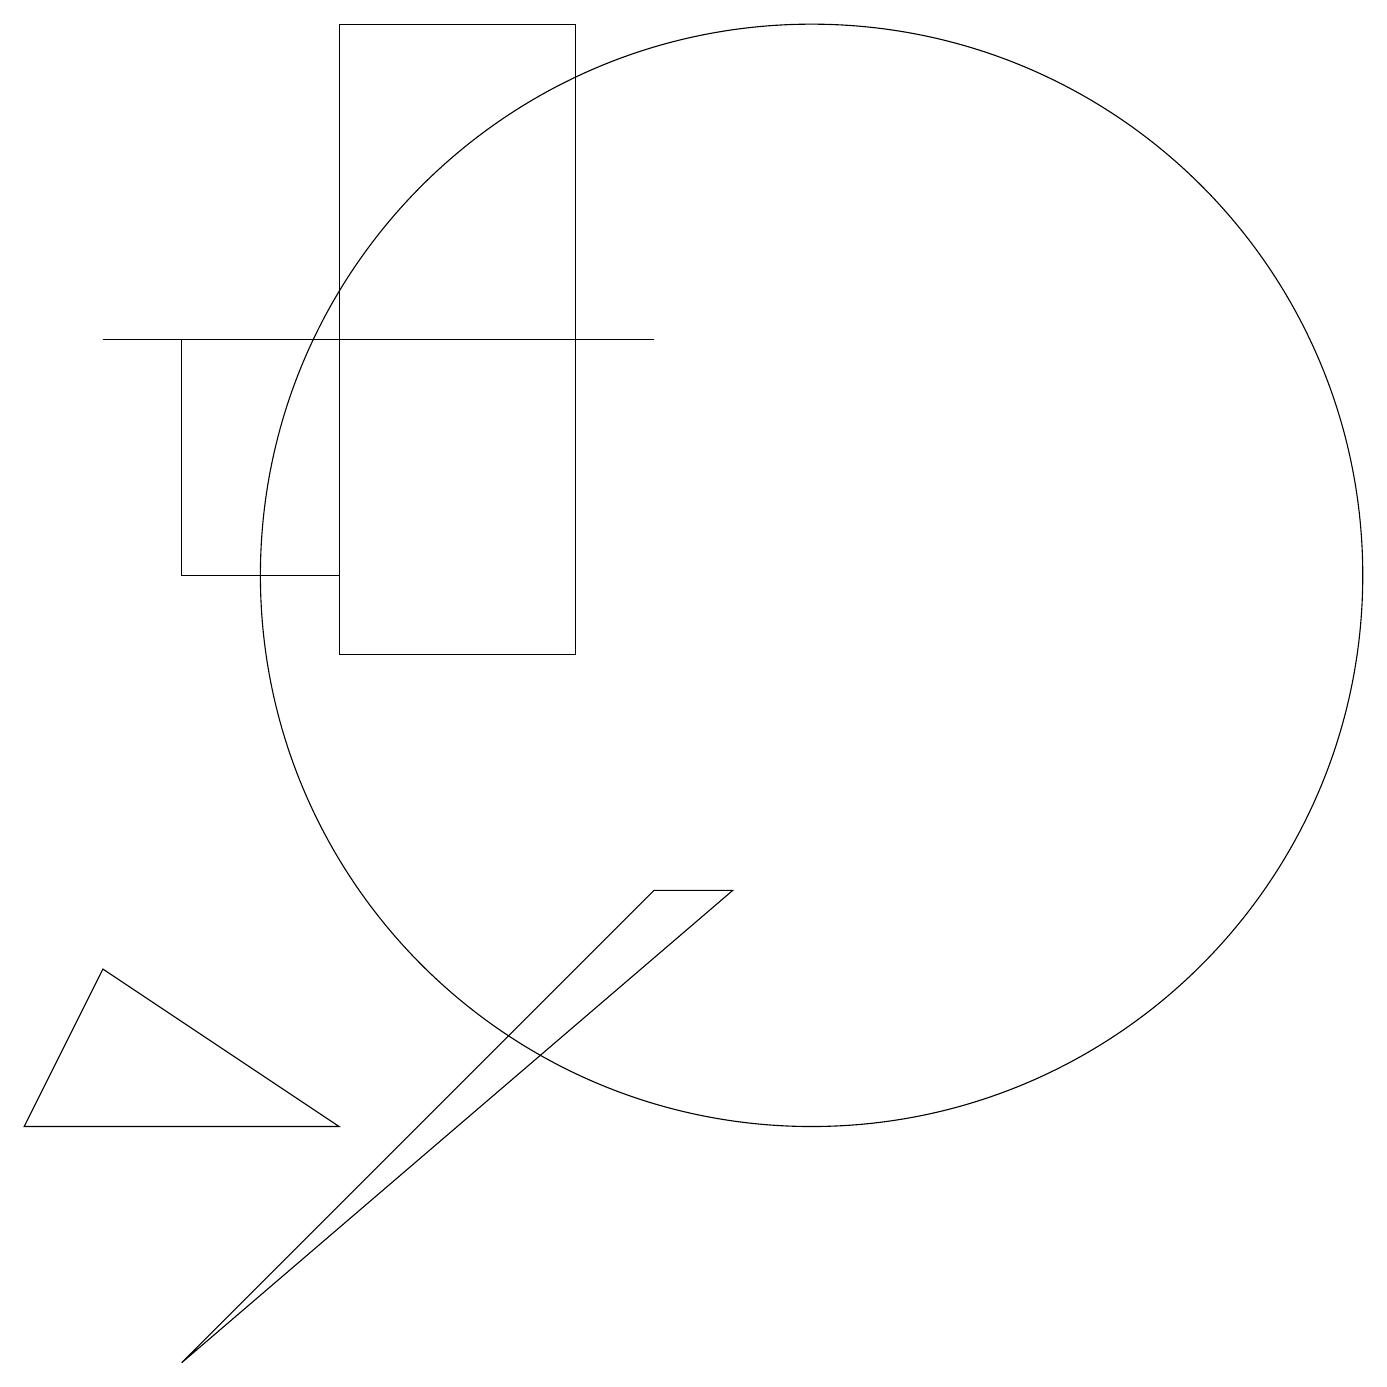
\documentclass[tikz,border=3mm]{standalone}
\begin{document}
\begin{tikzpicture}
\draw (10,11) circle (7);
\draw (1,6) -- (0,4) -- (4,4) -- cycle;
\draw (4,10) rectangle (7,18);
\draw (2,11) rectangle (4,14);
\draw (9,7) -- (8,7) -- (2,1) -- cycle;
\draw (1,14) rectangle (8,14);
\draw (12,10) circle (0);
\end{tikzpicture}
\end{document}